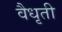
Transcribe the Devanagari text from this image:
वैधृती